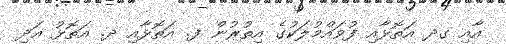
އާއި ގދ އަތޮޅާއި ފުވައްމުލަކުގެ އިތުރުން ފ. އަތޮޅާއި ދ. އަތޮޅު އަދި